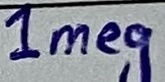
Text: 1meg